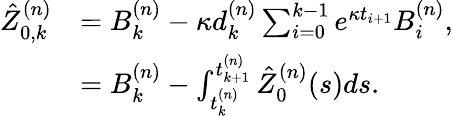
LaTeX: \begin{array}{rl}{\hat{Z}_{0,k}^{(n)}}&{=B_{k}^{(n)}-\kappa d_{k}^{(n)}\sum_{i=0}^{k-1}e^{\kappa t_{i+1}}B_{i}^{(n)},}\\ &{=B_{k}^{(n)}-\int_{t_{k}^{(n)}}^{t_{k+1}^{(n)}}\hat{Z}_{0}^{(n)}(s)ds.}\end{array}